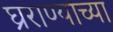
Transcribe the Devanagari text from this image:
घ्रराण्याच्या